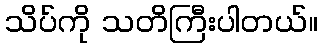
သိပ်ကို သတိကြီးပါတယ်။